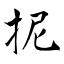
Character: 抳